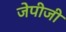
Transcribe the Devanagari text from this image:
जेपीजी